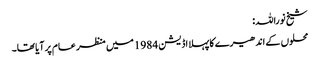
شیخ نوراللہ:
محلوں کے اندھیرے کا پہلا اڈیشن 1984 میں منظر عام پر آیا تھا۔